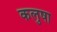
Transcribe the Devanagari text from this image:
कलुषा